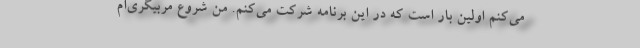
می‌کنم اولین بار است که در این برنامه شرکت می‌کنم. من شروع مربیگری‌ام